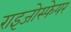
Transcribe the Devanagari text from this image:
राइजोस्फेयर